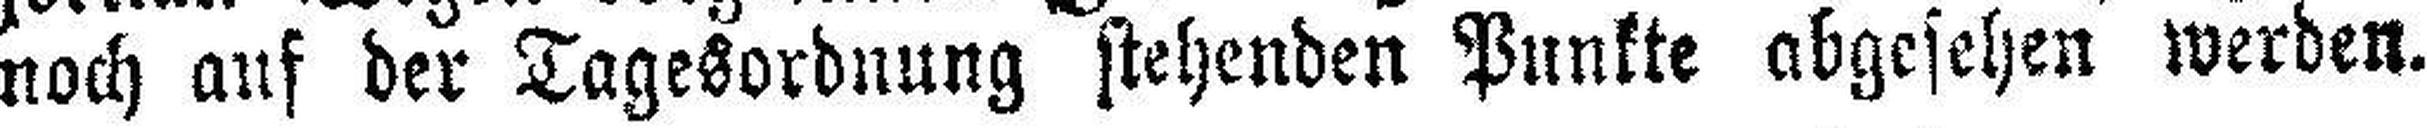
noch auf der Tagesordnung stehenden Punkte abgesehen werden.